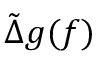
\tilde { \Delta } g ( f )